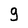
Character: g